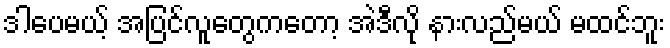
ဒါပေမယ့် အပြင်လူတွေကတော့ အဲဒီလို နားလည်မယ် မထင်ဘူး